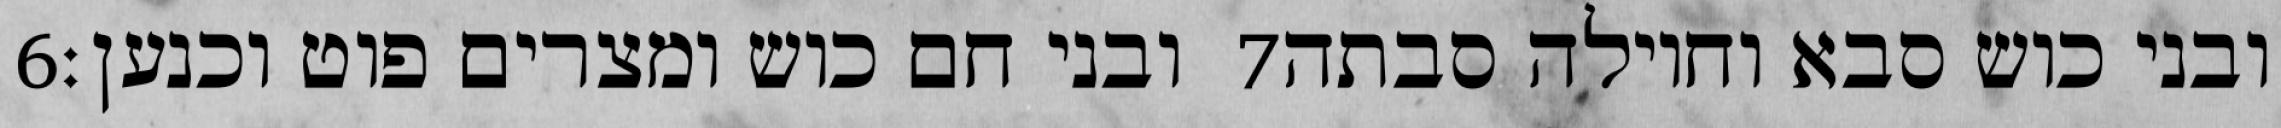
‎6‏ ובני חם כוש ומצרים פוט וכנען׃ ‎7‏ ובני כוש סבא וחוילה סבתה